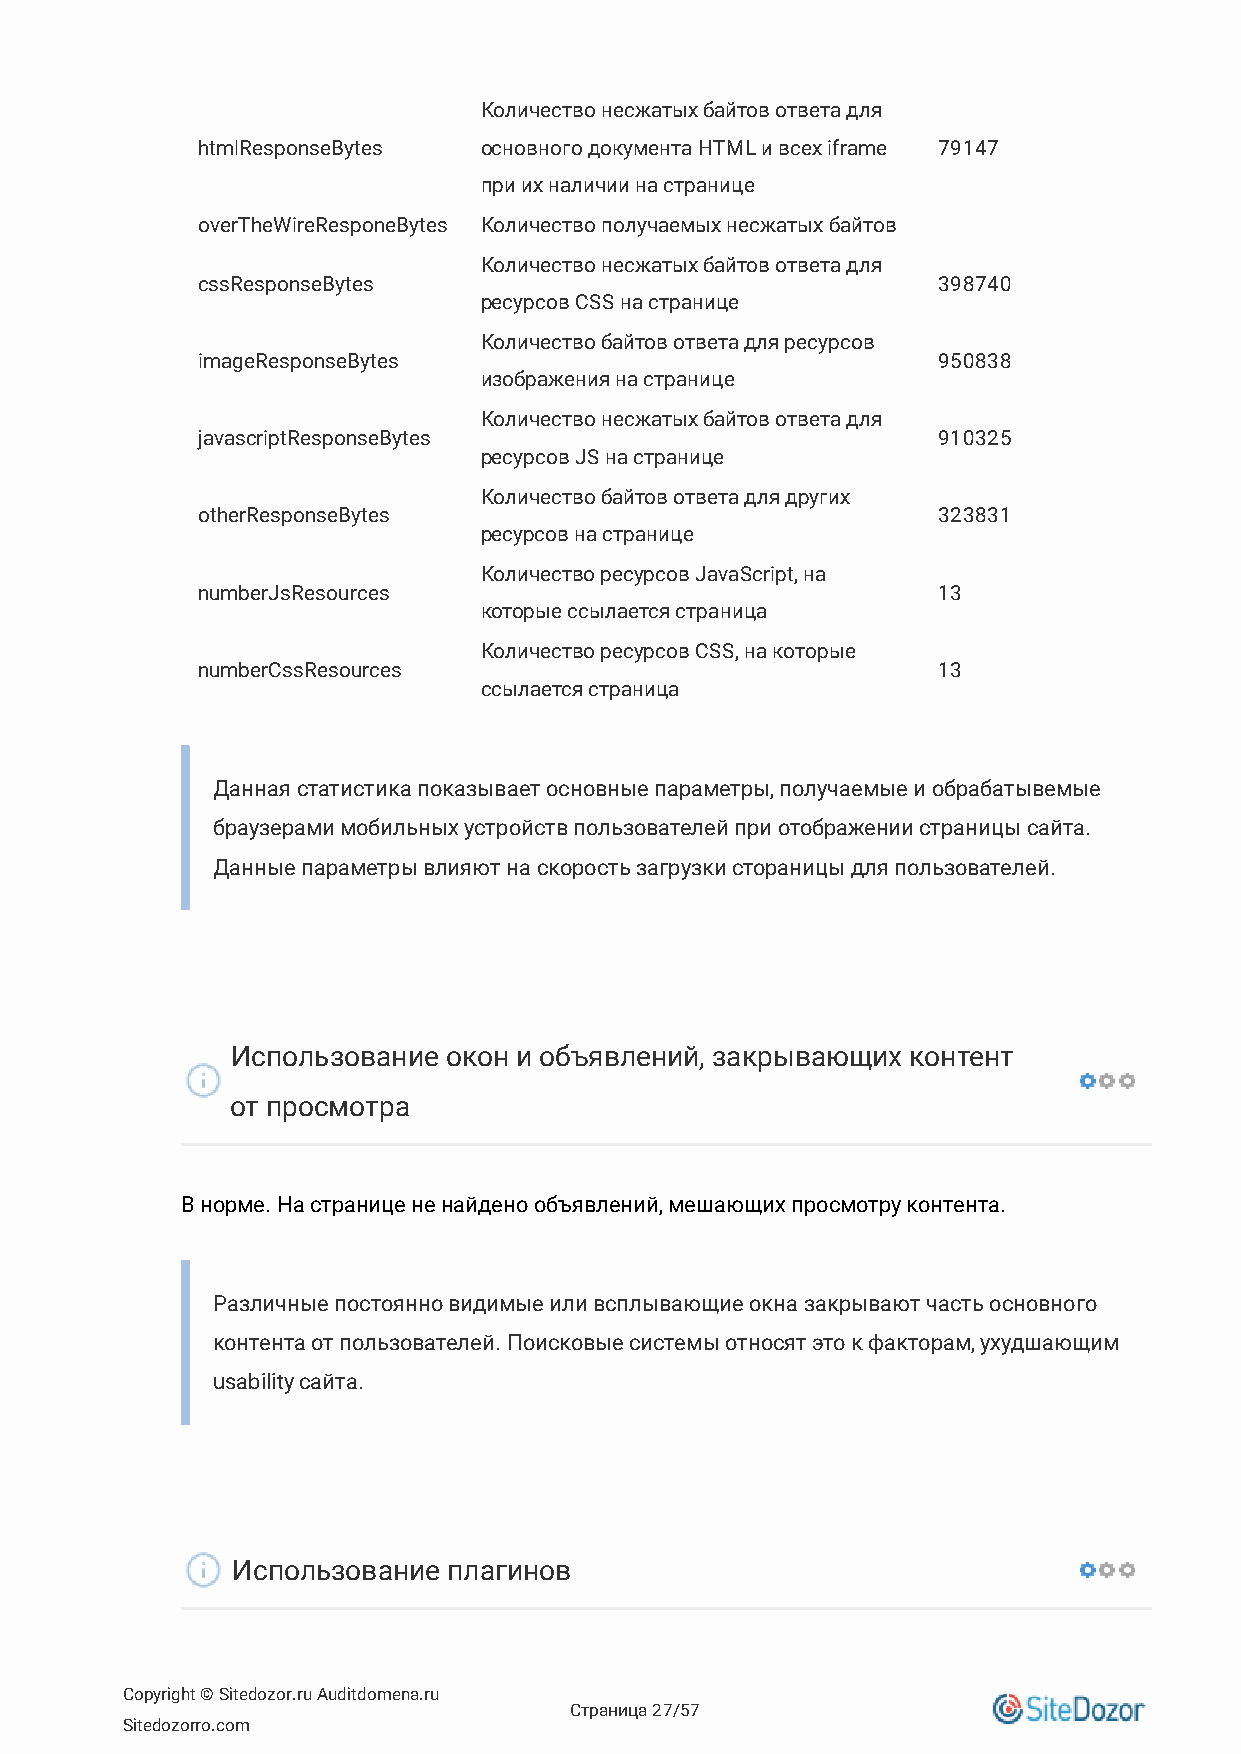
Количество несжатых байтов ответа для
 htmlResponseBytes  основного документа HTML и всех iframe 79147
 при их наличии на странице
 overTheWireResponeBytes Количество получаемых несжатых байтов
 Количество несжатых байтов ответа для
 cssResponseBytes                                 398740
 ресурсов CSS на странице
 Количество байтов ответа для ресурсов
 imageResponseBytes                               950838
 изображения на странице
 Количество несжатых байтов ответа для
 javascriptResponseBytes                          910325
 ресурсов JS на странице
 Количество байтов ответа для других
 otherResponseBytes                               323831
 ресурсов на странице
 Количество ресурсов JavaScript, на
 numberJsResources                                13
 которые ссылается страница
 Количество ресурсов CSS, на которые
 numberCssResources                               13
 ссылается страница
 Данная статистика показывает основные параметры, получаемые и обрабатывемые
 браузерами мобильных устройств пользователей при отображении страницы сайта.
 Данные параметры влияют на скорость загрузки стораницы для пользователей.
 Использование окон и объявлений, закрывающих контент
 от просмотра
 В норме. На странице не найдено объявлений, мешающих просмотру контента.
 Различные постоянно видимые или всплывающие окна закрывают часть основного
 контента от пользователей. Поисковые системы относят это к факторам, ухудшающим
 usability сайта.
 Использование  плагинов
 Copyright © Sitedozor.ru Auditdomena.ru
 Страница 27/57
 Sitedozorro.com